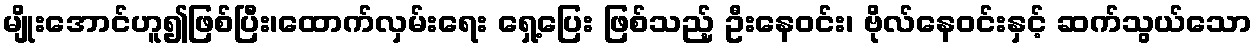
မျိုးအောင်ဟူ၍ဖြစ်ပြီး၊ထောက်လှမ်းရေး ရှေ့ပြေး ဖြစ်သည့် ဦးနေဝင်း၊ ဗိုလ်နေဝင်းနှင့် ဆက်သွယ်သော